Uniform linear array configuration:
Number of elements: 32
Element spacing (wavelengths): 1
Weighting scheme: uniform
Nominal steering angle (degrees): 0
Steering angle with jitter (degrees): -0.6731
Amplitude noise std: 0.05
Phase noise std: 0.05

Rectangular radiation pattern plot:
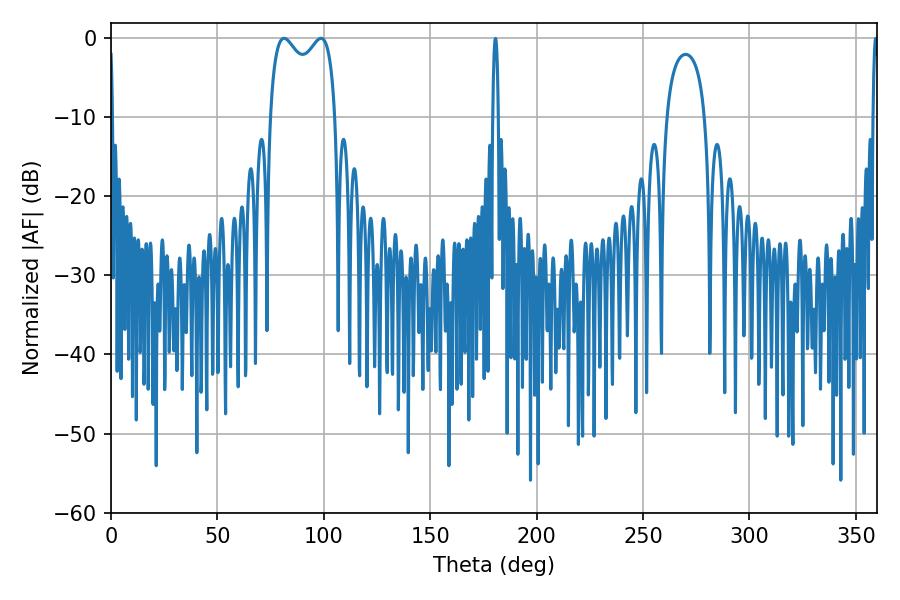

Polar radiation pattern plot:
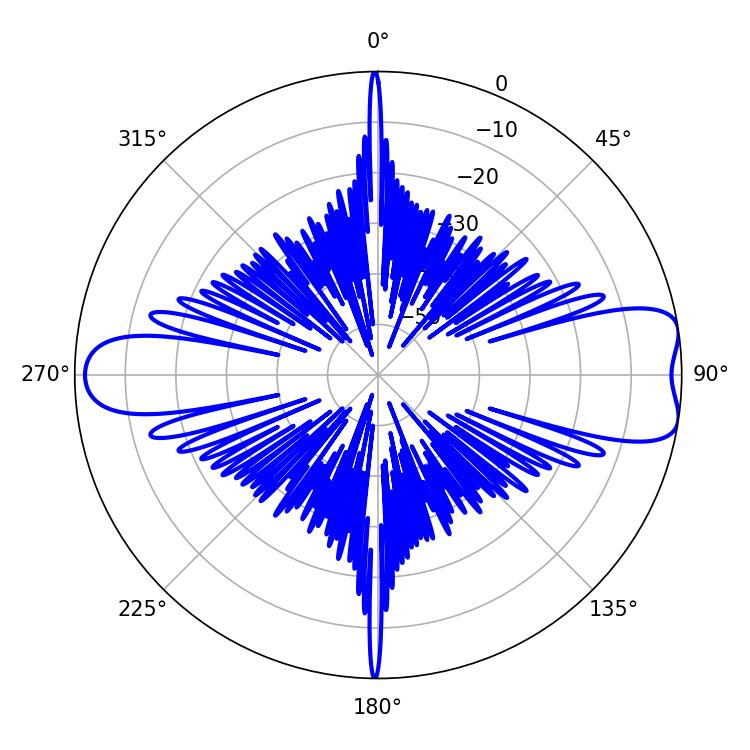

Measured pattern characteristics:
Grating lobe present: TRUE
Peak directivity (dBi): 9.085
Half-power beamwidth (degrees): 25.56
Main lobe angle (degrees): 81.36